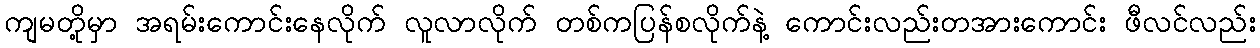
ကျမတို့မှာ အရမ်းကောင်းနေလိုက် လူလာလိုက် တစ်ကပြန်စလိုက်နဲ့ ကောင်းလည်းတအားကောင်း ဖီလင်လည်း